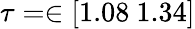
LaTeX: \tau=\in[1.08\ 1.34]